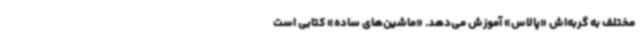
مختلف به گربه‌اش «پالاس» آموزش می‌دهد. «ماشین‌های ساده» کتابی است